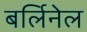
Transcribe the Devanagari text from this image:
बर्लिनेल